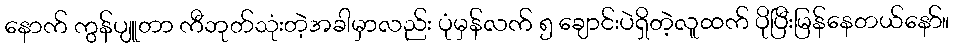
နောက် ကွန်ပျူတာ ကီဘုတ်သုံးတဲ့အခါမှာလည်း ပုံမှန်လက် ၅ ချောင်းပဲရှိတဲ့လူထက် ပိုပြီးမြန်နေတယ်နော်။